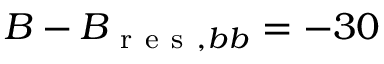
B - B _ { \mathrm { ~ r ~ e ~ s ~ } , b b } = - 3 0